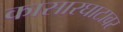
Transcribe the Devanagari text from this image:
कासारघाटावर